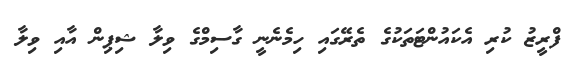
ފްރީޒު ކުރި އެކައުންޓަތަކުގެ ތެރޭގައި ހިމެނެނީ ގާސިމްގެ ވިލާ ޝިޕިން އާއި ވިލާ